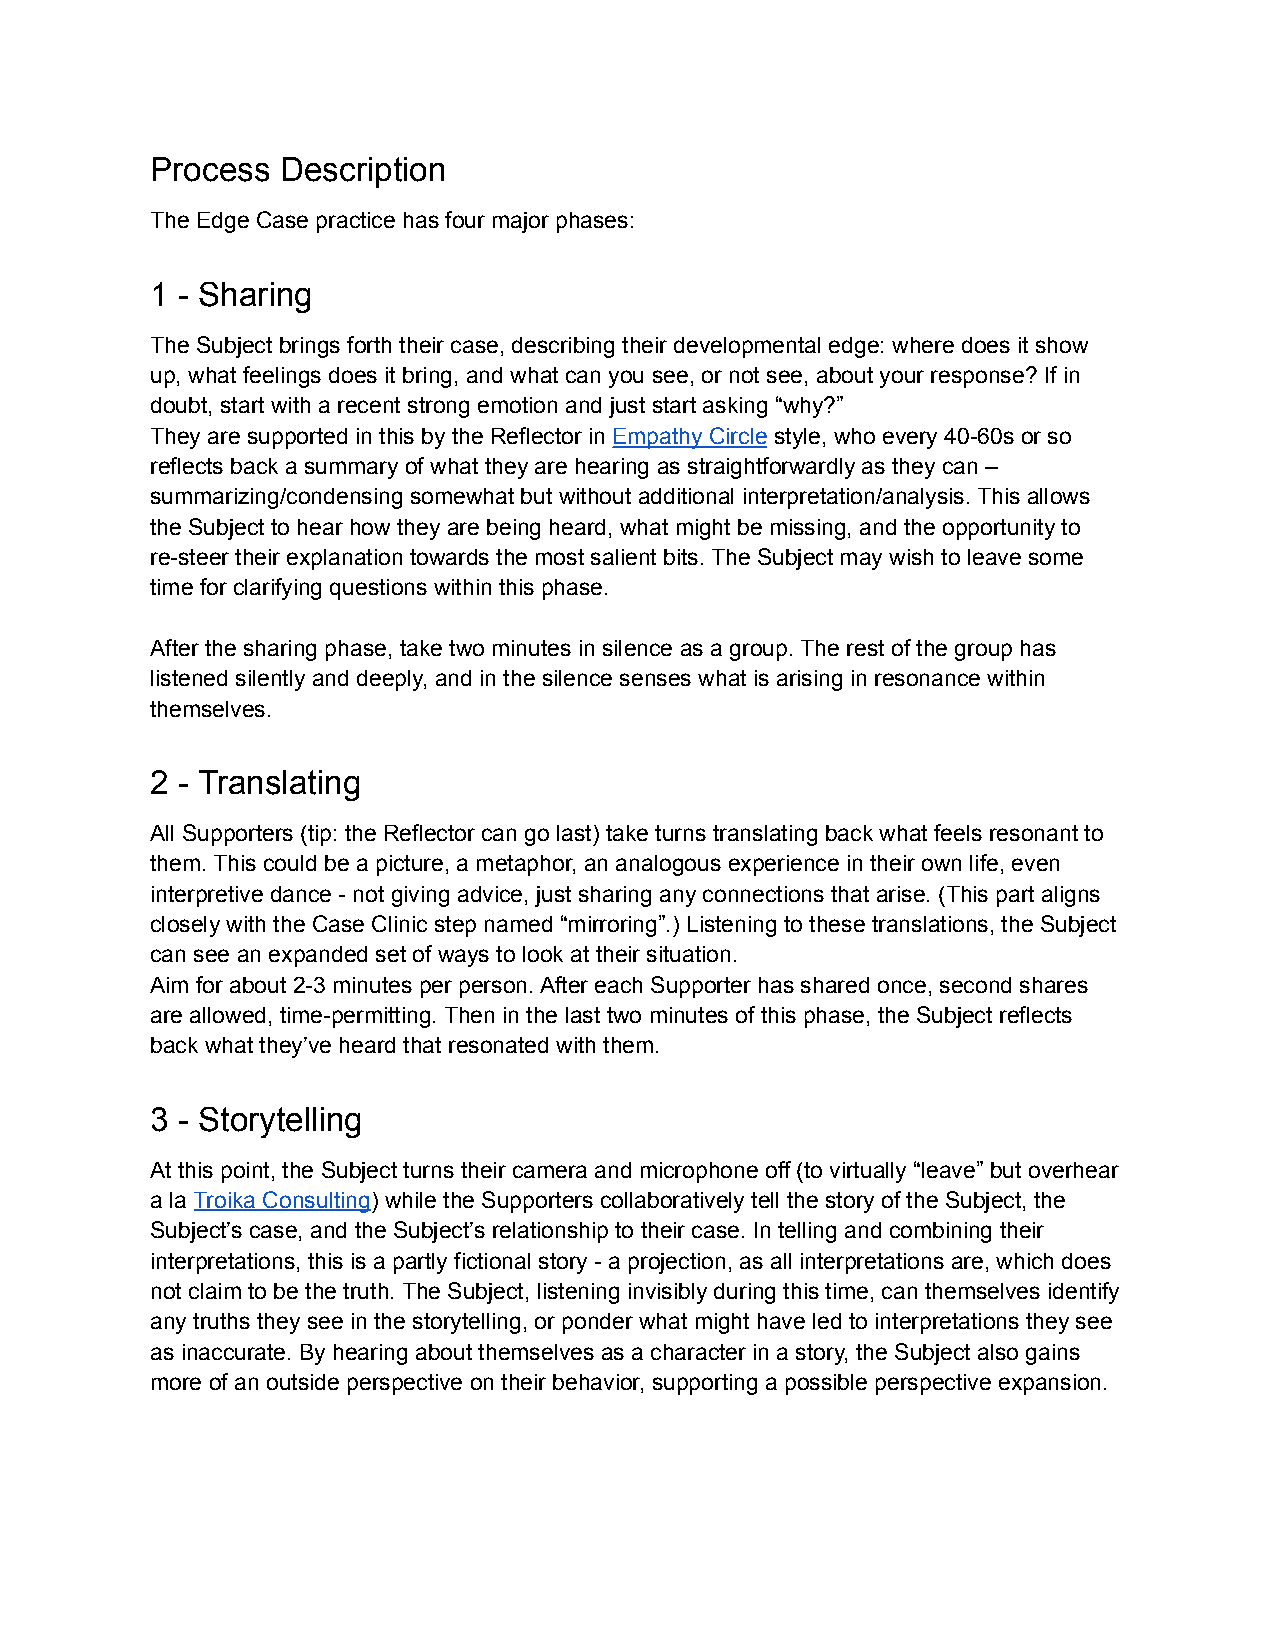
Process  Description
 The Edge Case practice has four major phases:
 1 - Sharing
 The Subject brings forth their case, describing their developmental edge: where does it show
 up, what feelings does it bring, and what can you see, or not see, about your response? If in
 doubt, start with a recent strong emotion and just start asking “why?”
 They are supported in this by the Reflector in Empathy Circle style, who every 40-60s or so
 reflects back a summary of what they are hearing as straightforwardly as they can –
 summarizing/condensing somewhat but without additional interpretation/analysis. This allows
 the Subject to hear how they are being heard, what might be missing, and the opportunity to
 re-steer their explanation towards the most salient bits. The Subject may wish to leave some
 time for clarifying questions within this phase.
 After the sharing phase, take two minutes in silence as a group. The rest of the group has
 listened silently and deeply, and in the silence senses what is arising in resonance within
 themselves.
 2 - Translating
 All Supporters (tip: the Reflector can go last) take turns translating back what feels resonant to
 them. This could be a picture, a metaphor, an analogous experience in their own life, even
 interpretive dance - not giving advice, just sharing any connections that arise. (This part aligns
 closely with the Case Clinic step named “mirroring”.) Listening to these translations, the Subject
 can see an expanded set of ways to look at their situation.
 Aim for about 2-3 minutes per person. After each Supporter has shared once, second shares
 are allowed, time-permitting. Then in the last two minutes of this phase, the Subject reflects
 back what they’ve heard that resonated with them.
 3 - Storytelling
 At this point, the Subject turns their camera and microphone off (to virtually “leave” but overhear
 a la Troika Consulting) while the Supporters collaboratively tell the story of the Subject, the
 Subject’s case, and the Subject’s relationship to their case. In telling and combining their
 interpretations, this is a partly fictional story - a projection, as all interpretations are, which does
 not claim to be the truth. The Subject, listening invisibly during this time, can themselves identify
 any truths they see in the storytelling, or ponder what might have led to interpretations they see
 as inaccurate. By hearing about themselves as a character in a story, the Subject also gains
 more of an outside perspective on their behavior, supporting a possible perspective expansion.